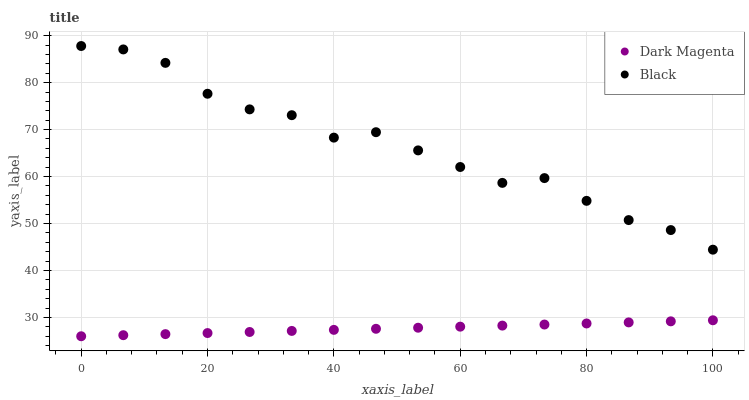
| xaxis_label | Dark Magenta | Black |
 | --- | --- | --- |
 | 0 | 26 | 87.8 |
 | 6.67 | 26.2 | 87.1 |
 | 13.3 | 26.5 | 84.2 |
 | 20 | 26.7 | 77.6 |
 | 26.7 | 26.9 | 74.3 |
 | 33.3 | 27.1 | 73.1 |
 | 40 | 27.4 | 68.3 |
 | 46.7 | 27.6 | 69.4 |
 | 53.3 | 27.8 | 65.6 |
 | 60 | 28 | 62 |
 | 66.7 | 28.3 | 58.7 |
 | 73.3 | 28.5 | 59.7 |
 | 80 | 28.7 | 54.8 |
 | 86.7 | 28.9 | 50.7 |
 | 93.3 | 29.2 | 48.6 |
 | 100 | 29.4 | 44.4 |